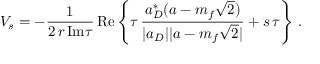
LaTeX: V _ { s } = - \frac { 1 } { 2 \, r \, \mathrm { I m } \tau } \, \mathrm { R e } \left\{ \tau \, \frac { a _ { D } ^ { * } ( a - m _ { f } \sqrt { 2 } ) } { | a _ { D } | | a - m _ { f } \sqrt { 2 } | } + s \, \tau \right\} \, .